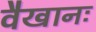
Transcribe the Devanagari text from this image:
वैखानः